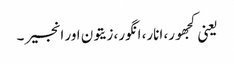
یعنی کجھور، انار، انگور، زیتون اور انجیر ۔